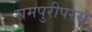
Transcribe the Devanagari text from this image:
रामपुरीपरसू